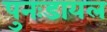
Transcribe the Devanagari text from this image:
पुनःडायल